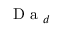
\textrm { D a } _ { d }